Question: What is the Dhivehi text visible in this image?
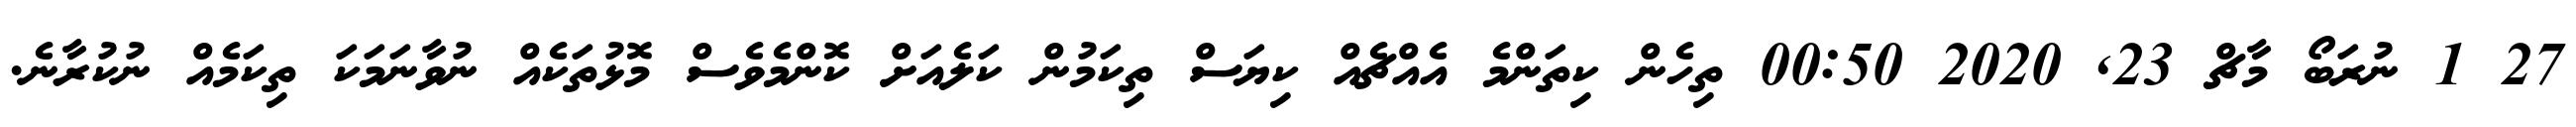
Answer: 27 1 ނުރަބޯ މާޗް 23, 2020 00:50 ތިހެން ކިތަންމެ އެއްޗެއް ކިޔަސް ތިކަމުން ކަލެއަށް ކޮންމެވެސް މޮޅުތަކެއް ނުވާނަމަކަ ތިކަމެއް ނުކުރާނެ.